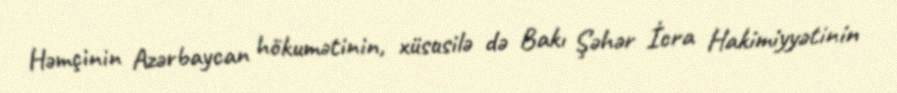
Həmçinin Azərbaycan hökumətinin, xüsusilə də Bakı Şəhər İcra Hakimiyyətinin